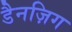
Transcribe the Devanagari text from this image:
डैनज़िग